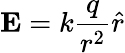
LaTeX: {\textbf{E}}=k{\frac{q}{r^{2}}}{\hat{r}}